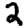
Digit: 2